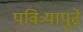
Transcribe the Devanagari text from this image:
पवित्र्यापुढे